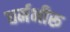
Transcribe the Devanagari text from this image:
धर्मभीरू